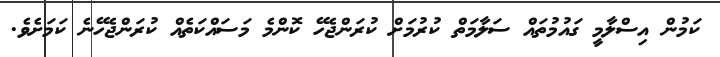
ކަމުން އިސްލާމީ ގައުމުތައް ސަލާމަތް ކުރުމަށް ކުރަންޖެހޭ ކޮންމެ މަސައްކަތެއް ކުރަންޖެހޭނެ ކަމަށެވެ.